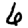
Digit: 6